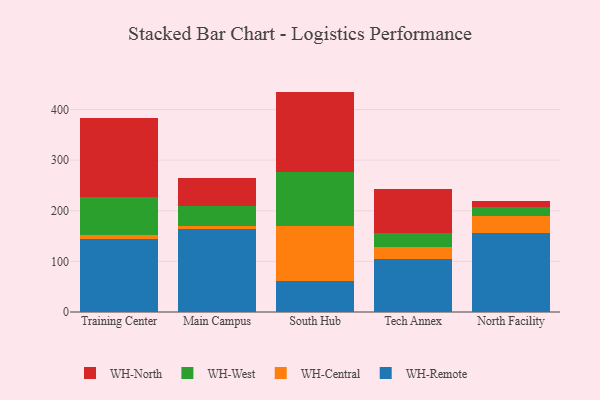
{"axis": {"x": "Campus", "y": "LTV (USD)"}, "legend": ["WH-Central", "WH-North", "WH-Remote", "WH-West"], "data": [{"x": "Training Center", "y": 143.5, "type": "WH-Remote"}, {"x": "Training Center", "y": 9.2, "type": "WH-Central"}, {"x": "Training Center", "y": 75.0, "type": "WH-West"}, {"x": "Training Center", "y": 155.9, "type": "WH-North"}, {"x": "Main Campus", "y": 163.7, "type": "WH-Remote"}, {"x": "Main Campus", "y": 5.4, "type": "WH-Central"}, {"x": "Main Campus", "y": 39.5, "type": "WH-West"}, {"x": "Main Campus", "y": 56.7, "type": "WH-North"}, {"x": "South Hub", "y": 60.6, "type": "WH-Remote"}, {"x": "South Hub", "y": 109.7, "type": "WH-Central"}, {"x": "South Hub", "y": 106.4, "type": "WH-West"}, {"x": "South Hub", "y": 158.8, "type": "WH-North"}, {"x": "Tech Annex", "y": 104.4, "type": "WH-Remote"}, {"x": "Tech Annex", "y": 23.5, "type": "WH-Central"}, {"x": "Tech Annex", "y": 27.7, "type": "WH-West"}, {"x": "Tech Annex", "y": 87.4, "type": "WH-North"}, {"x": "North Facility", "y": 156.2, "type": "WH-Remote"}, {"x": "North Facility", "y": 34.1, "type": "WH-Central"}, {"x": "North Facility", "y": 18.0, "type": "WH-West"}, {"x": "North Facility", "y": 10.7, "type": "WH-North"}]}